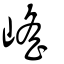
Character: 𡺯